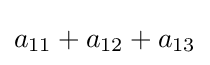
a_{11}+a_{12}+a_{13}